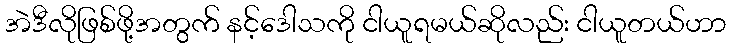
အဲဒီလိုဖြစ်ဖို့အတွက် နင့်ဒေါသကို ငါယူရမယ်ဆိုလည်း ငါယူတယ်ဟာ